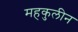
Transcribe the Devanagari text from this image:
महकुलीन